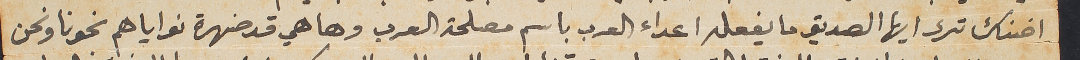
اضناك ترى ايها الصديق ما يفعله اعداء العرب باسم مصلحة العرب وها هي قد ضهرة نواياهم نحونا ونحن